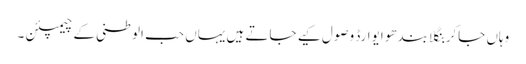
وہاں جاکر بنگلا بندھو ایوارڈ وصول کیے جاتے ہیں یہاں حب الوطنی کے چیمپئن ۔